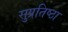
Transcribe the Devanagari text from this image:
सुप्रतिष्ठा